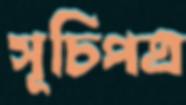
সূচিপত্র